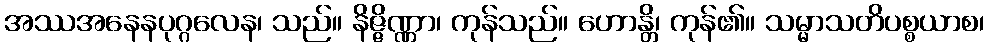
အဿအနေနပုဂ္ဂလေန၊ သည်။ နိဇ္ဇိဏ္ဏာ၊ ကုန်သည်။ ဟောန္တိ၊ ကုန်၏။ သမ္မာသတိပစ္စယာစ၊